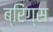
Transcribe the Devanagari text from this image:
ब्रिंग्स